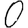
Digit: 0